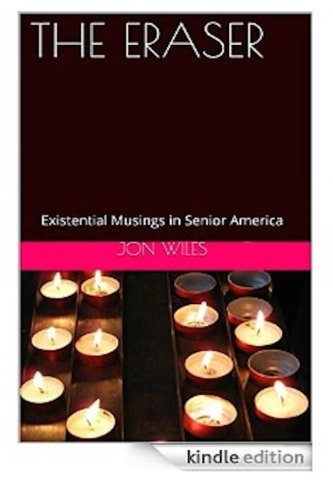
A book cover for The Eraser: Existential Musings In Senior America; Jon Wiles; Religion & Spirituality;